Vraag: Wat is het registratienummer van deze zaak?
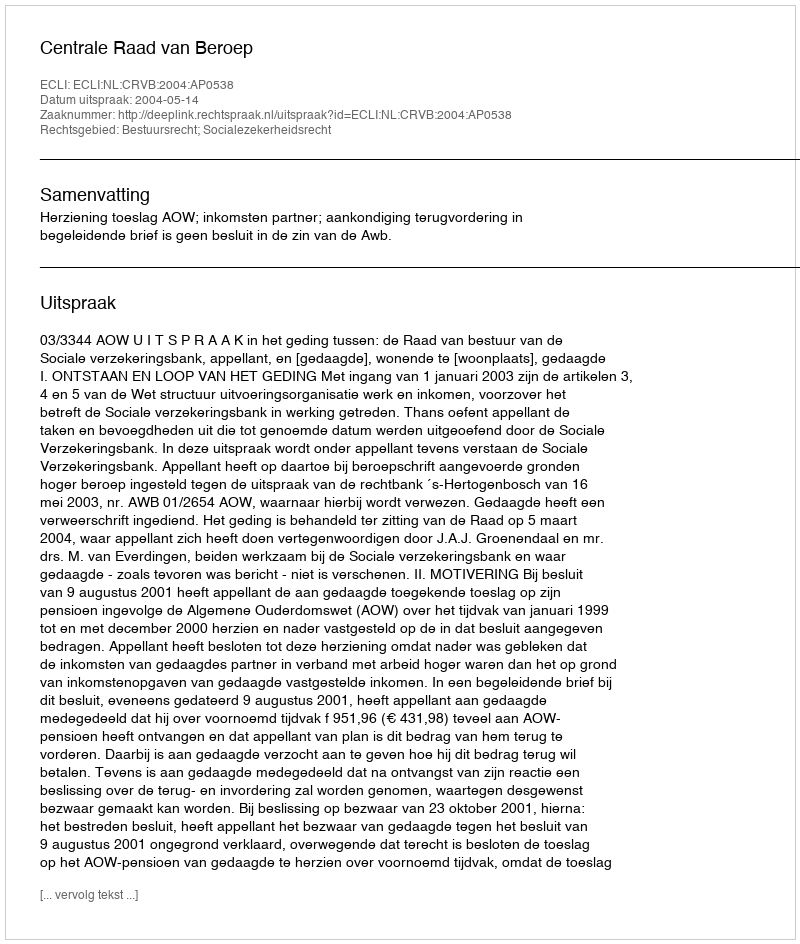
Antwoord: http://deeplink.rechtspraak.nl/uitspraak?id=ECLI:NL:CRVB:2004:AP0538